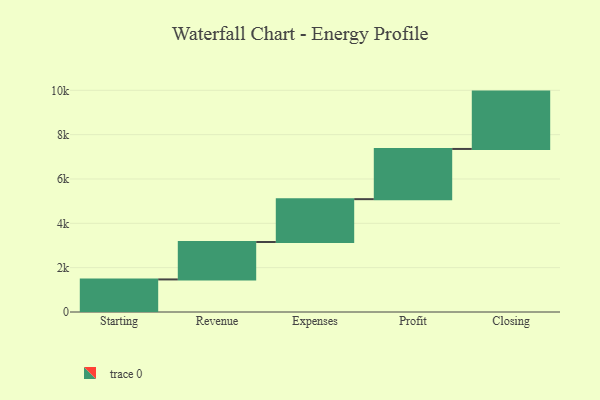
{"axis": {"x": "Step", "y": "Value"}, "legend": [""], "data": [{"x": "Starting", "y": 1469.0, "type": ""}, {"x": "Revenue", "y": 1688.0, "type": ""}, {"x": "Expenses", "y": 1933.0, "type": ""}, {"x": "Profit", "y": 2265.0, "type": ""}, {"x": "Closing", "y": 2587.0, "type": ""}]}